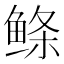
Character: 鲦